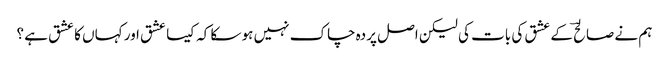
ہم نے صالحؔ کے عشق کی بات کی لیکن اصل پردہ چاک نہیں ہو سکا کہ کیسا عشق اور کہاں کا عشق ہے ؟